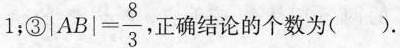
1；③| $$\left | A B \right | = \frac { 8 }